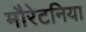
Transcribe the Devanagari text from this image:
मौरेटनिया